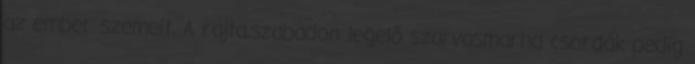
az ember szemeit. A rajta,szabadon legelő szarvasmarha csordák pedig